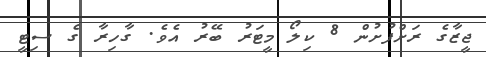
ޖީޒާގެ ރަށްފުށުން 8 ކިލޯ މީޓަރު ބޭރު އެވެ. ގާހިރާ ގެ ސިޓީ